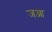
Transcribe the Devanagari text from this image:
जआ